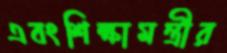
এবংশিক্ষামন্ত্রীর